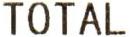
TOTAL